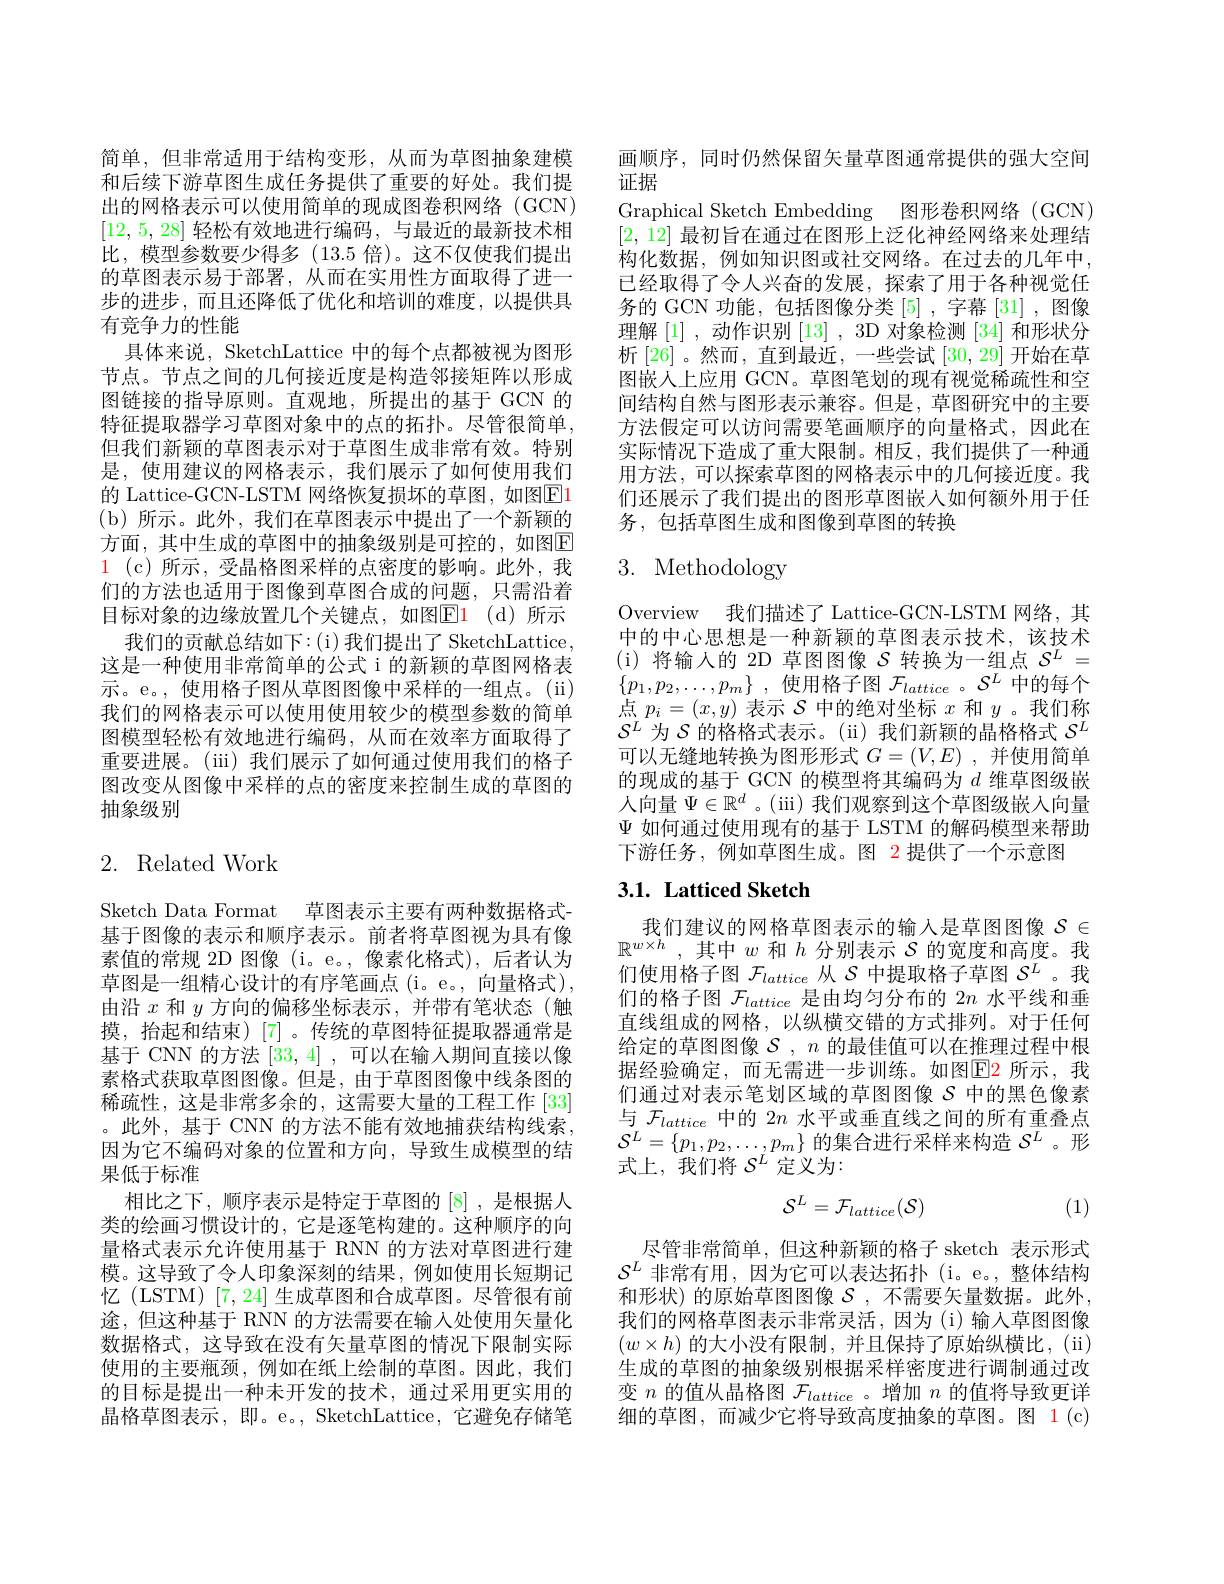
简单，但非常适用于结构变形，从而为草图抽象建模和后续下游草图生成任务提供了重要的好处。我们提出的网格表示可以使用简单的现成图卷积网络 (GCN) [12,5,28]轻松有效地进行编码，与最近的最新技术相比，模型参数要少得多(13.5 倍)。这不仅使我们提出的草图表示易于部署，从而在实用性方面取得了进一步的进步，而且还降低了优化和培训的难度，以提供具有竞争力的性能
具体来说，SketchLattice 中的每个点都被视为图形节点。节点之间的几何接近度是构造邻接矩阵以形成图链接的指导原则。直观地，所提出的基于 GCN 的特征提取器学习草图对象中的点的拓扑。尽管很简单， 但我们新颖的草图表示对于草图生成非常有效。特别是，使用建议的网格表示，我们展示了如何使用我们的 Lattice-GCN-LSTM 网络恢复损坏的草图，如图$\boxed{\mathrm{E}}1$ (b)所示。此外，我们在草图表示中提出了一个新颖的方面，其中生成的草图中的抽象级别是可控的，如图$\overline{\mathrm{E}}$ $\begin{array}{cc}1&(\mathrm{c})&\text{所示，受晶格图采样的点密度的影响。此外，我}\end{array}$ 们的方法也适用于图像到草图合成的问题，只需沿着目标对象的边缘放置几个关键点，如图$\color{red}{\mathrm{E1}}\:($d)所示
我们的贡献总结如下：(i)我们提出了SketchLattice， 这是一种使用非常简单的公式 i 的新颖的草图网格表示。e。, 使用格子图从草图图像中采样的一组点。(ii) 我们的网格表示可以使用使用较少的模型参数的简单图模型轻松有效地进行编码，从而在效率方面取得了重要进展。(iii)我们展示了如何通过使用我们的格子图改变从图像中采样的点的密度来控制生成的草图的抽象级别

# 2. Related Work

Sketch Data Format 草图表示主要有两种数据格式基于图像的表示和顺序表示。前者将草图视为具有像素值的常规 2D 图像 (i。e。,像素化格式),后者认为草图是一组精心设计的有序笔画点(i。e。, 向量格式), 由沿$x$和$y$方向的偏移坐标表示 ,并带有笔状态(触摸，抬起和结束)[7]。传统的草图特征提取器通常是基于 CNN 的方法[33,4],可以在输入期间直接以像素格式获取草图图像。但是，由于草图图像中线条图的稀疏性，这是非常多余的，这需要大量的工程工作[33] 。此外，基于 CNN 的方法不能有效地捕获结构线索， 因为它不编码对象的位置和方向，导致生成模型的结果低于标准
相比之下，顺序表示是特定于草图的[8] ,是根据人类的绘画习惯设计的，它是逐笔构建的。这种顺序的向量格式表示允许使用基于 RNN 的方法对草图进行建模。这导致了令人印象深刻的结果，例如使用长短期记忆(LSTM)[7,24] 生成草图和合成草图。尽管很有前途，但这种基于 RNN 的方法需要在输入处使用矢量化数据格式，这导致在没有矢量草图的情况下限制实际使用的主要瓶颈，例如在纸上绘制的草图。因此，我们的目标是提出一种未开发的技术，通过采用更实用的晶格草图表示，即。e。, SketchLattice, 它避免存储笔

画顺序，同时仍然保留矢量草图通常提供的强大空间
证据
Graphical Sketch Embedding 图形卷积网络 (GCN) [2,12]最初旨在通过在图形上泛化神经网络来处理结构化数据，例如知识图或社交网络。在过去的几年中， 已经取得了令人兴奋的发展，探索了用于各种视觉任务的 GCN 功能，包括图像分类[5] ,字幕 [31],图像理解[1],动作识别[13],3D 对象检测 [34] 和形状分析[26]。然而，直到最近，一些尝试[30,29]开始在草图嵌人上应用 GCN。草图笔划的现有视觉稀疏性和空间结构自然与图形表示兼容。但是，草图研究中的主要方法假定可以访问需要笔画顺序的向量格式，因此在实际情况下造成了重大限制。相反，我们提供了一种通用方法，可以探索草图的网格表示中的几何接近度。我们还展示了我们提出的图形草图嵌入如何额外用于任务，包括草图生成和图像到草图的转换

# 3. Methodology

Overview 我们描述了 Lattice-GCN-LSTM 网络，其中的中心思想是一种新颖的草图表示技术，该技术(i) 将输入的 2D 草图图像$S$转换为一组点$\mathcal{S}^L=$ $\{ p_{1}, p_{2}, \ldots , p_{m}\}$ ,使用格子图$\mathcal{F}_lattice$ 。$\mathcal{S}^L$中的每个点$p_i=(x,y)$表示$\mathcal{S}$中的绝对坐标$x$和$y$ 。我们称$S^L$为$S$的格格式表示。(ii) 我们新颖的晶格格式$S^L$ 可以无缝地转换为图形形式$G=(V,E)$ ,并使用简单的现成的基于 GCN 的模型将其编码为$d$维草图级嵌人向量$\Psi\in\mathbb{R}^d$。(iii)我们观察到这个草图级嵌入向量$\Psi$如何通过使用现有的基于 LSTM 的解码模型来帮助下游任务，例如草图生成。图 2 提供了一个示意图

# $3. 1. \textbf{Latticed Sketch}$

我们建议的网格草图表示的输入是草图图像$\mathcal{S}\in$ $\mathbb{R}^{w\times h}$,其中$w$ 和$h$ 分别表示 $S$ 的宽度和高度。我们使用格子图$\mathcal{F}_lattice$从$\mathcal{S}$中提取格子草图$\mathcal{S}^L$ 。我们的格子图$\mathcal{F}_lattice$是由均匀分布的 2$n$水平线和垂直线组成的网格，以纵横交错的方式排列。对于任何给定的草图图像$\mathcal{S},n$的最佳值可以在推理过程中根据经验确定，而无需进一步训练。如图$\color{red}{\mathrm{E2}}$ 所示，我们通过对表示笔划区域的草图图像$S$ 中的黑色像素与$\mathcal{F}_lattice$中的$2n$水平或垂直线之间的所有重叠点${\mathcal S}^{L}=\{p_{1},p_{2},\ldots,p_{m}\}$的集合进行采样来构造$S^L$ 。形式上，我们将$\mathcal{S}^L$定义为：
$$\mathcal{S}^L=\mathcal{F}_{lattice}(\mathcal{S})$$
尽管非常简单，但这种新颖的格子 sketch 表示形式$\mathcal{S}^L$非常有用，因为它可以表达拓扑(i。e。,整体结构和形状)的原始草图图像$\mathcal{S}$,不需要矢量数据。此外， 我们的网格草图表示非常灵活，因为(i)输入草图图像$(w\times h)$的大小没有限制，并且保持了原始纵横比，(ii) 生成的草图的抽象级别根据采样密度进行调制通过改变$n$的值从晶格图$\mathcal{F}_lattice$ 。增加$n$的值将导致更详细的草图，而减少它将导致高度抽象的草图。图 1(c)